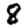
Digit: 8